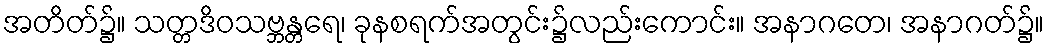
အတိတ်၌။ သတ္တဒိဝသဗ္ဘန္တရေ၊ ခုနစရက်အတွင်း၌လည်းကောင်း။ အနာဂတေ၊ အနာဂတ်၌။